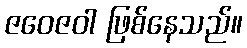
ဇဝေဇဝါ ဖြစ်နေသည်။